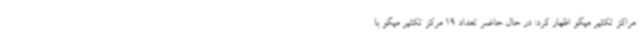
مراکز تکثیر میگو اظهار کرد: در حال حاضر تعداد 19 مرکز تکثیر میگو با